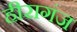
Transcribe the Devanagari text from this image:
हीरागंज